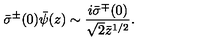
\bar { \sigma } ^ { \pm } ( 0 ) \bar { \psi } ( z ) \sim \frac { i \bar { \sigma } ^ { \mp } ( 0 ) } { \sqrt { 2 } \bar { z } ^ { 1 / 2 } } .